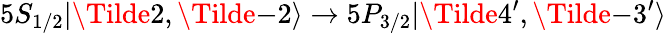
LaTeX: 5S_{1/2}|\Tilde{2},\Tilde{-2}\rangle\rightarrow 5P_{3/2}|\Tilde{4^{\prime}},\Tilde{-3^{\prime}}\rangle